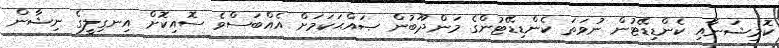
ކޮމިޝަނާއި ކެންޑިޑޭޓުން ނުވަތަ ކެންޑިޑޭޓުންގެ މަންދޫބުން ޞައްޙަކަމަށް އެއްބަސްވެ ސޮއިކޮށް އިނގިލީގެ ނިޝާން